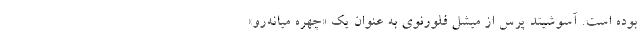
بوده است. آسوشیتد پرس از میشل فلورنوی به عنوان یک «چهره میانه‌رو»